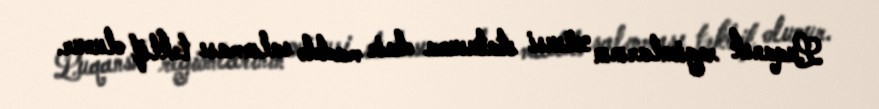
Luqansk regionlarının xüsusi statusuna dair maddə salınması təklif olunur.